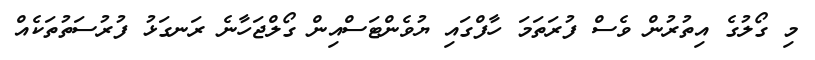
މި ގޯލުގެ އިތުރުން ވެސް ފުރަތަމަ ހާފްގައި ޔުވެންޓަސްއިން ގޯލްޖަހާނެ ރަނގަޅު ފުރުސަތުތަކެއް